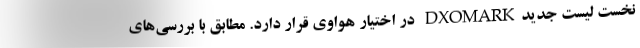
نخست لیست جدیدDXOMARK در اختیار هواوی قرار دارد. مطابق با بررسی‌های